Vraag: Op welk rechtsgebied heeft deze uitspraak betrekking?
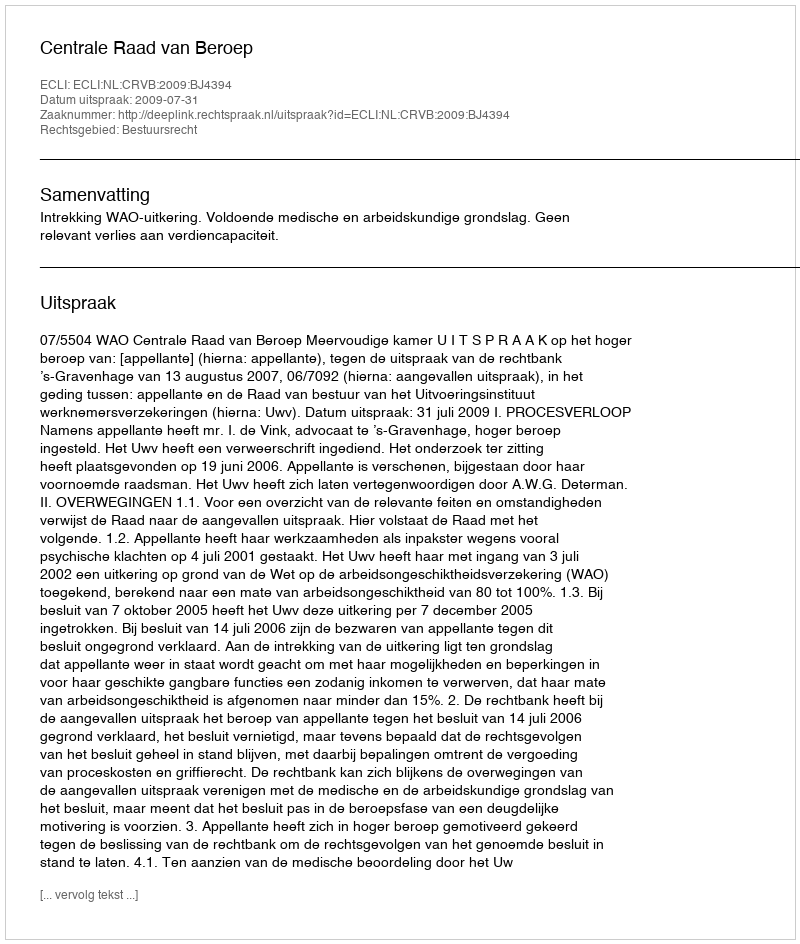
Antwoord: Bestuursrecht